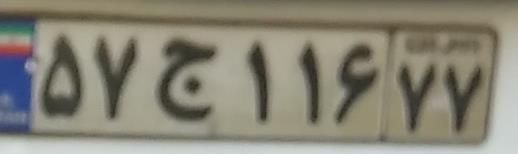
۵۷ج۱۱۶۷۷